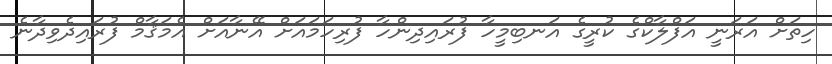
ހިތަށް އަރަނީ އަފްލާކްގެ ކުރީގެ އަނބިމީހާ ފުރައިދިންހާ ފުރިހަމައަށް އޭނާއަށް އެމަޤާމް ފުރައިދެވިދާނެ